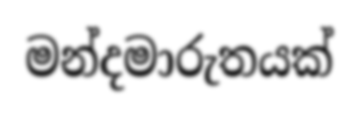
මන්දමාරුතයක්